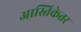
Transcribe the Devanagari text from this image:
आस्तिकेतर